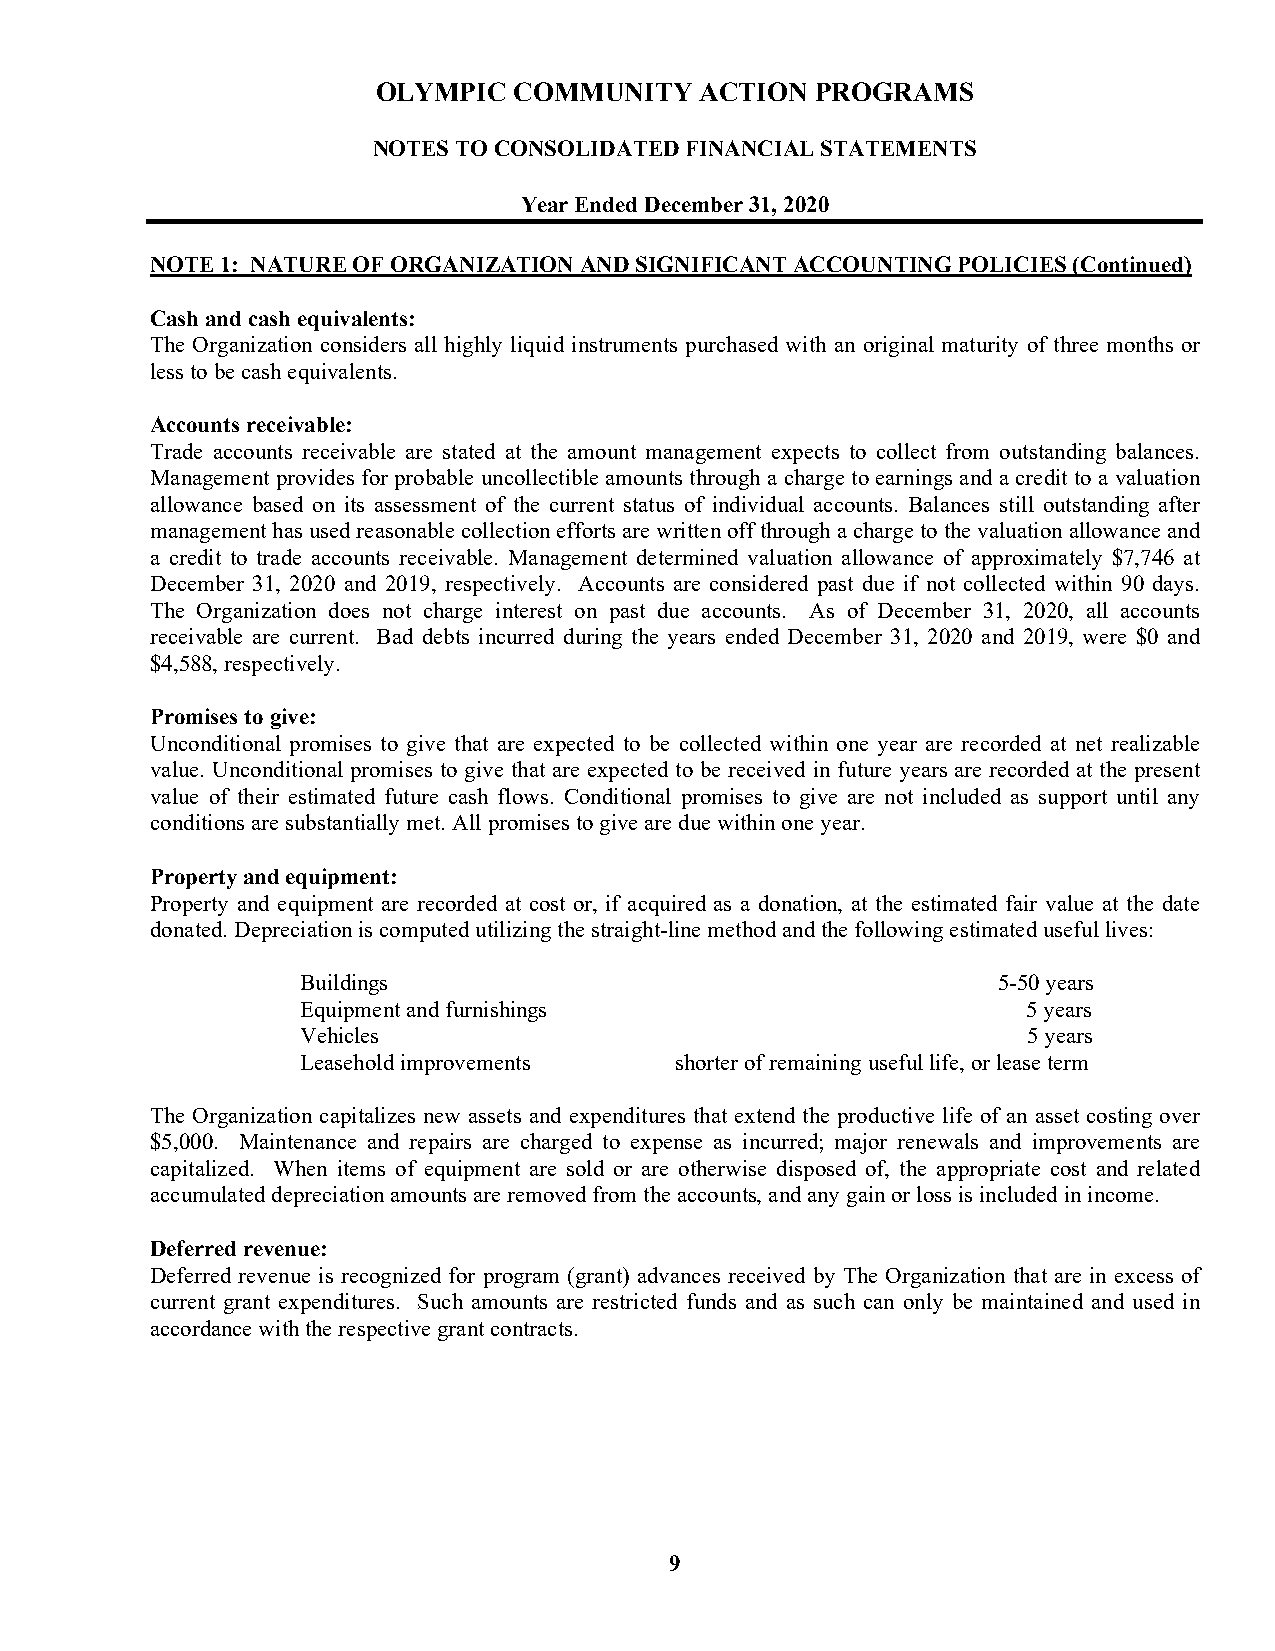
OLYMPIC  COMMUNITY   ACTION  PROGRAMS
 NOTES TO CONSOLIDATED FINANCIAL STATEMENTS
 Year Ended December 31, 2020
 NOTE 1: NATURE OF ORGANIZATION AND SIGNIFICANT ACCOUNTING POLICIES (Continued)
 Cash and cash equivalents:
 The Organization considers all highly liquid instruments purchased with an original maturity of three months or
 less to be cash equivalents.
 Accounts receivable:
 Trade accounts receivable are stated at the amount management expects to collect from outstanding balances.
 Management provides for probable uncollectible amounts through a charge to earnings and a credit to a valuation
 allowance based on its assessment of the current status of individual accounts. Balances still outstanding after
 management has used reasonable collection efforts are written off through a charge to the valuation allowance and
 a credit to trade accounts receivable. Management determined valuation allowance of approximately $7,746 at
 December 31, 2020 and 2019, respectively. Accounts are considered past due if not collected within 90 days.
 The Organization does not charge interest on past due accounts. As of December 31, 2020, all accounts
 receivable are current. Bad debts incurred during the years ended December 31, 2020 and 2019, were $0 and
 $4,588, respectively.
 Promises to give:
 Unconditional promises to give that are expected to be collected within one year are recorded at net realizable
 value. Unconditional promises to give that are expected to be received in future years are recorded at the present
 value of their estimated future cash flows. Conditional promises to give are not included as support until any
 conditions are substantially met. All promises to give are due within one year.
 Property and equipment:
 Property and equipment are recorded at cost or, if acquired as a donation, at the estimated fair value at the date
 donated. Depreciation is computed utilizing the straight-line method and the following estimated useful lives:
 Buildings                                     5-50 years
 Equipment and furnishings                       5 years
 Vehicles                                        5 years
 Leasehold improvements   shorter of remaining useful life, or lease term
 The Organization capitalizes new assets and expenditures that extend the productive life of an asset costing over
 $5,000. Maintenance and repairs are charged to expense as incurred; major renewals and improvements are
 capitalized. When items of equipment are sold or are otherwise disposed of, the appropriate cost and related
 accumulated depreciation amounts are removed from the accounts, and any gain or loss is included in income.
 Deferred revenue:
 Deferred revenue is recognized for program (grant) advances received by The Organization that are in excess of
 current grant expenditures. Such amounts are restricted funds and as such can only be maintained and used in
 accordance with the respective grant contracts.
 9